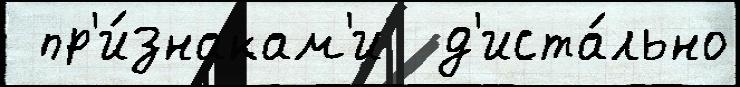
 пр'и́знакам'и  д'иста́льно